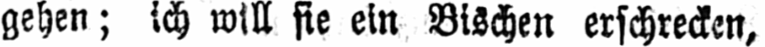
gehen; ich will sie ein Bischen erschrecken,